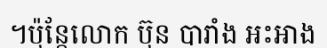
។ប៉ុន្តែលោក ប៊ុន បារាំង អះអាង